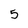
Character: 5